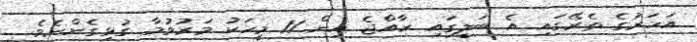
އަހަރުގެ ތެރޭގައި އެ ބަލީގައި ރާއްޖެ އިން 11 މީހަކު މަރުވުމާ ގުޅިގެންނެވެ.